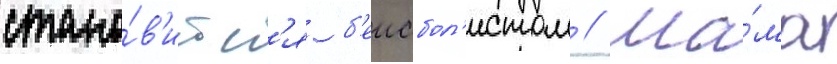
стано́в'итс'я б'еисбол'истом // Ма́ма